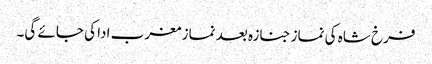
فرخ شاہ کی نماز جنازہ بعد نماز مغرب ادا کی جائے گی۔